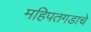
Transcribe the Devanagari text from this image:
महिपतगडाचे